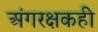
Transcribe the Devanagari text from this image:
अंगरक्षकही